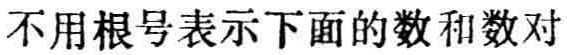
不用根号表示下面的数和数对